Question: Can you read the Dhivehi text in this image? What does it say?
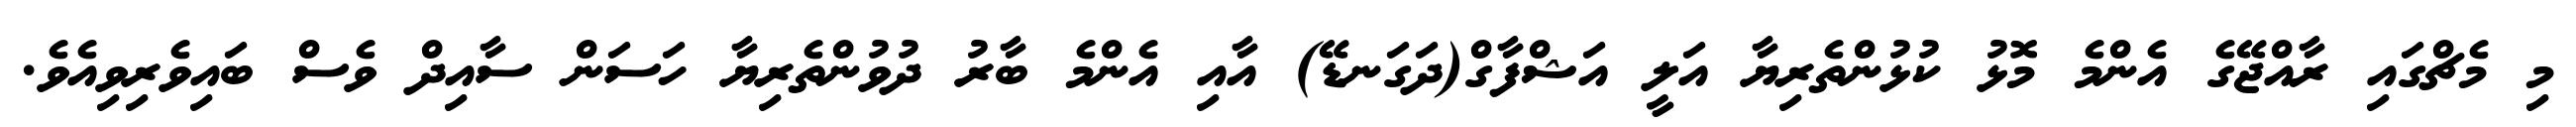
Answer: މި މެޗްގައި ރާއްޖޭގެ އެންމެ މޮޅު ކުޅުންތެރިޔާ އަލީ އަޝްފާގް(ދަގަނޑޭ) އާއި އެންމެ ބާރު ދުވުންތެރިޔާ ހަސަން ސާއިދް ވެސް ބައިވެރިވިއެވެ.